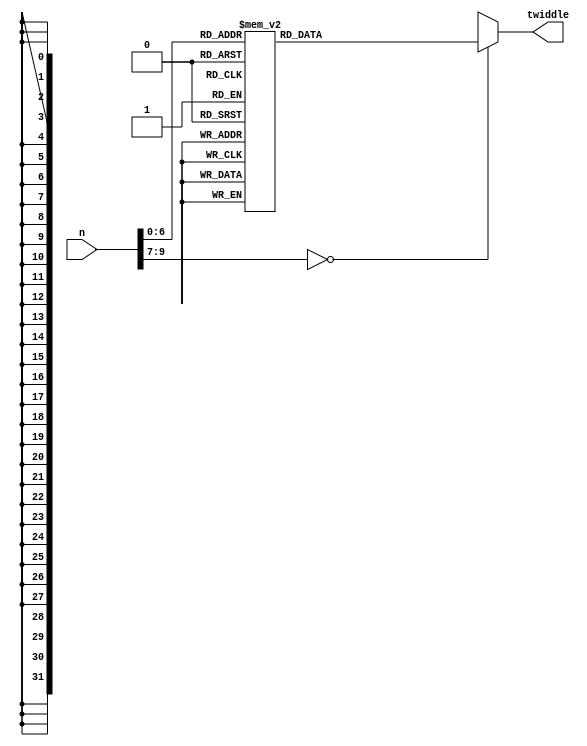
module FFT1024_LUT(n, twiddle);
	input [9:0] n;
		
	output reg [31:0] twiddle;
	
	always @ (n)
	begin
		//$display("LUT address=%d", n);
		case(n)
		8'd0  : twiddle = { 16'd32767   ,  16'd0       }; //i=0  n=256 twiddle= 1               + i 0
		8'd1  : twiddle = { 16'd32757   , -16'd804     }; //i=1  n=256 twiddle= 9.996988e-01    + i -2.454123e-02
		8'd2  : twiddle = { 16'd32728   , -16'd1608    }; //i=2  n=256 twiddle= 9.987955e-01    + i -4.906767e-02
		8'd3  : twiddle = { 16'd32678   , -16'd2410    }; //i=3  n=256 twiddle= 9.972905e-01    + i -7.356456e-02
		8'd4  : twiddle = { 16'd32609   , -16'd3212    }; //i=4  n=256 twiddle= 9.951847e-01    + i -9.801714e-02
		8'd5  : twiddle = { 16'd32521   , -16'd4011    }; //i=5  n=256 twiddle= 9.924795e-01    + i -1.224107e-01
		8'd6  : twiddle = { 16'd32412   , -16'd4808    }; //i=6  n=256 twiddle= 9.891765e-01    + i -1.467305e-01
		8'd7  : twiddle = { 16'd32285   , -16'd5602    }; //i=7  n=256 twiddle= 9.852776e-01    + i -1.709619e-01
		8'd8  : twiddle = { 16'd32137   , -16'd6393    }; //i=8  n=256 twiddle= 9.807853e-01    + i -1.950903e-01
		8'd9  : twiddle = { 16'd31971   , -16'd7179    }; //i=9  n=256 twiddle= 9.757021e-01    + i -2.191012e-01
		8'd10 : twiddle = { 16'd31785   , -16'd7962    }; //i=10 n=256 twiddle= 9.700313e-01    + i -2.429802e-01
		8'd11 : twiddle = { 16'd31580   , -16'd8739    }; //i=11 n=256 twiddle= 9.637761e-01    + i -2.667128e-01
		8'd12 : twiddle = { 16'd31356   , -16'd9512    }; //i=12 n=256 twiddle= 9.569403e-01    + i -2.902847e-01
		8'd13 : twiddle = { 16'd31113   , -16'd10278   }; //i=13 n=256 twiddle= 9.495282e-01    + i -3.136817e-01
		8'd14 : twiddle = { 16'd30852   , -16'd11039   }; //i=14 n=256 twiddle= 9.415441e-01    + i -3.368899e-01
		8'd15 : twiddle = { 16'd30571   , -16'd11793   }; //i=15 n=256 twiddle= 9.329928e-01    + i -3.598950e-01
		8'd16 : twiddle = { 16'd30273   , -16'd12539   }; //i=16 n=256 twiddle= 9.238795e-01    + i -3.826834e-01
		8'd17 : twiddle = { 16'd29956   , -16'd13279   }; //i=17 n=256 twiddle= 9.142098e-01    + i -4.052413e-01
		8'd18 : twiddle = { 16'd29621   , -16'd14010   }; //i=18 n=256 twiddle= 9.039893e-01    + i -4.275551e-01
		8'd19 : twiddle = { 16'd29268   , -16'd14732   }; //i=19 n=256 twiddle= 8.932243e-01    + i -4.496113e-01
		8'd20 : twiddle = { 16'd28898   , -16'd15446   }; //i=20 n=256 twiddle= 8.819213e-01    + i -4.713967e-01
		8'd21 : twiddle = { 16'd28510   , -16'd16151   }; //i=21 n=256 twiddle= 8.700870e-01    + i -4.928982e-01
		8'd22 : twiddle = { 16'd28105   , -16'd16846   }; //i=22 n=256 twiddle= 8.577286e-01    + i -5.141027e-01
		8'd23 : twiddle = { 16'd27683   , -16'd17530   }; //i=23 n=256 twiddle= 8.448536e-01    + i -5.349976e-01
		8'd24 : twiddle = { 16'd27245   , -16'd18204   }; //i=24 n=256 twiddle= 8.314696e-01    + i -5.555702e-01
		8'd25 : twiddle = { 16'd26790   , -16'd18868   }; //i=25 n=256 twiddle= 8.175848e-01    + i -5.758082e-01
		8'd26 : twiddle = { 16'd26319   , -16'd19519   }; //i=26 n=256 twiddle= 8.032075e-01    + i -5.956993e-01
		8'd27 : twiddle = { 16'd25832   , -16'd20159   }; //i=27 n=256 twiddle= 7.883464e-01    + i -6.152316e-01
		8'd28 : twiddle = { 16'd25329   , -16'd20787   }; //i=28 n=256 twiddle= 7.730105e-01    + i -6.343933e-01
		8'd29 : twiddle = { 16'd24811   , -16'd21403   }; //i=29 n=256 twiddle= 7.572088e-01    + i -6.531728e-01
		8'd30 : twiddle = { 16'd24279   , -16'd22005   }; //i=30 n=256 twiddle= 7.409511e-01    + i -6.715590e-01
		8'd31 : twiddle = { 16'd23731   , -16'd22594   }; //i=31 n=256 twiddle= 7.242471e-01    + i -6.895405e-01
		8'd32 : twiddle = { 16'd23170   , -16'd23170   }; //i=32 n=256 twiddle= 7.071068e-01    + i -7.071068e-01
		8'd33 : twiddle = { 16'd22594   , -16'd23731   }; //i=33 n=256 twiddle= 6.895405e-01    + i -7.242471e-01
		8'd34 : twiddle = { 16'd22005   , -16'd24279   }; //i=34 n=256 twiddle= 6.715590e-01    + i -7.409511e-01
		8'd35 : twiddle = { 16'd21403   , -16'd24811   }; //i=35 n=256 twiddle= 6.531728e-01    + i -7.572088e-01
		8'd36 : twiddle = { 16'd20787   , -16'd25329   }; //i=36 n=256 twiddle= 6.343933e-01    + i -7.730105e-01
		8'd37 : twiddle = { 16'd20159   , -16'd25832   }; //i=37 n=256 twiddle= 6.152316e-01    + i -7.883464e-01
		8'd38 : twiddle = { 16'd19519   , -16'd26319   }; //i=38 n=256 twiddle= 5.956993e-01    + i -8.032075e-01
		8'd39 : twiddle = { 16'd18868   , -16'd26790   }; //i=39 n=256 twiddle= 5.758082e-01    + i -8.175848e-01
		8'd40 : twiddle = { 16'd18204   , -16'd27245   }; //i=40 n=256 twiddle= 5.555702e-01    + i -8.314696e-01
		8'd41 : twiddle = { 16'd17530   , -16'd27683   }; //i=41 n=256 twiddle= 5.349976e-01    + i -8.448536e-01
		8'd42 : twiddle = { 16'd16846   , -16'd28105   }; //i=42 n=256 twiddle= 5.141027e-01    + i -8.577286e-01
		8'd43 : twiddle = { 16'd16151   , -16'd28510   }; //i=43 n=256 twiddle= 4.928982e-01    + i -8.700870e-01
		8'd44 : twiddle = { 16'd15446   , -16'd28898   }; //i=44 n=256 twiddle= 4.713967e-01    + i -8.819213e-01
		8'd45 : twiddle = { 16'd14732   , -16'd29268   }; //i=45 n=256 twiddle= 4.496113e-01    + i -8.932243e-01
		8'd46 : twiddle = { 16'd14010   , -16'd29621   }; //i=46 n=256 twiddle= 4.275551e-01    + i -9.039893e-01
		8'd47 : twiddle = { 16'd13279   , -16'd29956   }; //i=47 n=256 twiddle= 4.052413e-01    + i -9.142098e-01
		8'd48 : twiddle = { 16'd12539   , -16'd30273   }; //i=48 n=256 twiddle= 3.826834e-01    + i -9.238795e-01
		8'd49 : twiddle = { 16'd11793   , -16'd30571   }; //i=49 n=256 twiddle= 3.598950e-01    + i -9.329928e-01
		8'd50 : twiddle = { 16'd11039   , -16'd30852   }; //i=50 n=256 twiddle= 3.368899e-01    + i -9.415441e-01
		8'd51 : twiddle = { 16'd10278   , -16'd31113   }; //i=51 n=256 twiddle= 3.136817e-01    + i -9.495282e-01
		8'd52 : twiddle = { 16'd9512    , -16'd31356   }; //i=52 n=256 twiddle= 2.902847e-01    + i -9.569403e-01
		8'd53 : twiddle = { 16'd8739    , -16'd31580   }; //i=53 n=256 twiddle= 2.667128e-01    + i -9.637761e-01
		8'd54 : twiddle = { 16'd7962    , -16'd31785   }; //i=54 n=256 twiddle= 2.429802e-01    + i -9.700313e-01
		8'd55 : twiddle = { 16'd7179    , -16'd31971   }; //i=55 n=256 twiddle= 2.191012e-01    + i -9.757021e-01
		8'd56 : twiddle = { 16'd6393    , -16'd32137   }; //i=56 n=256 twiddle= 1.950903e-01    + i -9.807853e-01
		8'd57 : twiddle = { 16'd5602    , -16'd32285   }; //i=57 n=256 twiddle= 1.709619e-01    + i -9.852776e-01
		8'd58 : twiddle = { 16'd4808    , -16'd32412   }; //i=58 n=256 twiddle= 1.467305e-01    + i -9.891765e-01
		8'd59 : twiddle = { 16'd4011    , -16'd32521   }; //i=59 n=256 twiddle= 1.224107e-01    + i -9.924795e-01
		8'd60 : twiddle = { 16'd3212    , -16'd32609   }; //i=60 n=256 twiddle= 9.801714e-02    + i -9.951847e-01
		8'd61 : twiddle = { 16'd2410    , -16'd32678   }; //i=61 n=256 twiddle= 7.356456e-02    + i -9.972905e-01
		8'd62 : twiddle = { 16'd1608    , -16'd32728   }; //i=62 n=256 twiddle= 4.906767e-02    + i -9.987955e-01
		8'd63 : twiddle = { 16'd804     , -16'd32757   }; //i=63 n=256 twiddle= 2.454123e-02    + i -9.996988e-01
		8'd64 : twiddle = { 16'd0       , -16'd32767   }; //i=64 n=256 twiddle= 6.123234e-17    + i -1
		8'd65 : twiddle = {-16'd804     , -16'd32757   }; //i=65 n=256 twiddle= -2.454123e-02   + i -9.996988e-01
		8'd66 : twiddle = {-16'd1608    , -16'd32728   }; //i=66 n=256 twiddle= -4.906767e-02   + i -9.987955e-01
		8'd67 : twiddle = {-16'd2410    , -16'd32678   }; //i=67 n=256 twiddle= -7.356456e-02   + i -9.972905e-01
		8'd68 : twiddle = {-16'd3212    , -16'd32609   }; //i=68 n=256 twiddle= -9.801714e-02   + i -9.951847e-01
		8'd69 : twiddle = {-16'd4011    , -16'd32521   }; //i=69 n=256 twiddle= -1.224107e-01   + i -9.924795e-01
		8'd70 : twiddle = {-16'd4808    , -16'd32412   }; //i=70 n=256 twiddle= -1.467305e-01   + i -9.891765e-01
		8'd71 : twiddle = {-16'd5602    , -16'd32285   }; //i=71 n=256 twiddle= -1.709619e-01   + i -9.852776e-01
		8'd72 : twiddle = {-16'd6393    , -16'd32137   }; //i=72 n=256 twiddle= -1.950903e-01   + i -9.807853e-01
		8'd73 : twiddle = {-16'd7179    , -16'd31971   }; //i=73 n=256 twiddle= -2.191012e-01   + i -9.757021e-01
		8'd74 : twiddle = {-16'd7962    , -16'd31785   }; //i=74 n=256 twiddle= -2.429802e-01   + i -9.700313e-01
		8'd75 : twiddle = {-16'd8739    , -16'd31580   }; //i=75 n=256 twiddle= -2.667128e-01   + i -9.637761e-01
		8'd76 : twiddle = {-16'd9512    , -16'd31356   }; //i=76 n=256 twiddle= -2.902847e-01   + i -9.569403e-01
		8'd77 : twiddle = {-16'd10278   , -16'd31113   }; //i=77 n=256 twiddle= -3.136817e-01   + i -9.495282e-01
		8'd78 : twiddle = {-16'd11039   , -16'd30852   }; //i=78 n=256 twiddle= -3.368899e-01   + i -9.415441e-01
		8'd79 : twiddle = {-16'd11793   , -16'd30571   }; //i=79 n=256 twiddle= -3.598950e-01   + i -9.329928e-01
		8'd80 : twiddle = {-16'd12539   , -16'd30273   }; //i=80 n=256 twiddle= -3.826834e-01   + i -9.238795e-01
		8'd81 : twiddle = {-16'd13279   , -16'd29956   }; //i=81 n=256 twiddle= -4.052413e-01   + i -9.142098e-01
		8'd82 : twiddle = {-16'd14010   , -16'd29621   }; //i=82 n=256 twiddle= -4.275551e-01   + i -9.039893e-01
		8'd83 : twiddle = {-16'd14732   , -16'd29268   }; //i=83 n=256 twiddle= -4.496113e-01   + i -8.932243e-01
		8'd84 : twiddle = {-16'd15446   , -16'd28898   }; //i=84 n=256 twiddle= -4.713967e-01   + i -8.819213e-01
		8'd85 : twiddle = {-16'd16151   , -16'd28510   }; //i=85 n=256 twiddle= -4.928982e-01   + i -8.700870e-01
		8'd86 : twiddle = {-16'd16846   , -16'd28105   }; //i=86 n=256 twiddle= -5.141027e-01   + i -8.577286e-01
		8'd87 : twiddle = {-16'd17530   , -16'd27683   }; //i=87 n=256 twiddle= -5.349976e-01   + i -8.448536e-01
		8'd88 : twiddle = {-16'd18204   , -16'd27245   }; //i=88 n=256 twiddle= -5.555702e-01   + i -8.314696e-01
		8'd89 : twiddle = {-16'd18868   , -16'd26790   }; //i=89 n=256 twiddle= -5.758082e-01   + i -8.175848e-01
		8'd90 : twiddle = {-16'd19519   , -16'd26319   }; //i=90 n=256 twiddle= -5.956993e-01   + i -8.032075e-01
		8'd91 : twiddle = {-16'd20159   , -16'd25832   }; //i=91 n=256 twiddle= -6.152316e-01   + i -7.883464e-01
		8'd92 : twiddle = {-16'd20787   , -16'd25329   }; //i=92 n=256 twiddle= -6.343933e-01   + i -7.730105e-01
		8'd93 : twiddle = {-16'd21403   , -16'd24811   }; //i=93 n=256 twiddle= -6.531728e-01   + i -7.572088e-01
		8'd94 : twiddle = {-16'd22005   , -16'd24279   }; //i=94 n=256 twiddle= -6.715590e-01   + i -7.409511e-01
		8'd95 : twiddle = {-16'd22594   , -16'd23731   }; //i=95 n=256 twiddle= -6.895405e-01   + i -7.242471e-01
		8'd96 : twiddle = {-16'd23170   , -16'd23170   }; //i=96 n=256 twiddle= -7.071068e-01   + i -7.071068e-01
		8'd97 : twiddle = {-16'd23731   , -16'd22594   }; //i=97 n=256 twiddle= -7.242471e-01   + i -6.895405e-01
		8'd98 : twiddle = {-16'd24279   , -16'd22005   }; //i=98 n=256 twiddle= -7.409511e-01   + i -6.715590e-01
		8'd99 : twiddle = {-16'd24811   , -16'd21403   }; //i=99 n=256 twiddle= -7.572088e-01   + i -6.531728e-01
		8'd100: twiddle = {-16'd25329   , -16'd20787   }; //i=100 n=256 twiddle= -7.730105e-01   + i -6.343933e-01
		8'd101: twiddle = {-16'd25832   , -16'd20159   }; //i=101 n=256 twiddle= -7.883464e-01   + i -6.152316e-01
		8'd102: twiddle = {-16'd26319   , -16'd19519   }; //i=102 n=256 twiddle= -8.032075e-01   + i -5.956993e-01
		8'd103: twiddle = {-16'd26790   , -16'd18868   }; //i=103 n=256 twiddle= -8.175848e-01   + i -5.758082e-01
		8'd104: twiddle = {-16'd27245   , -16'd18204   }; //i=104 n=256 twiddle= -8.314696e-01   + i -5.555702e-01
		8'd105: twiddle = {-16'd27683   , -16'd17530   }; //i=105 n=256 twiddle= -8.448536e-01   + i -5.349976e-01
		8'd106: twiddle = {-16'd28105   , -16'd16846   }; //i=106 n=256 twiddle= -8.577286e-01   + i -5.141027e-01
		8'd107: twiddle = {-16'd28510   , -16'd16151   }; //i=107 n=256 twiddle= -8.700870e-01   + i -4.928982e-01
		8'd108: twiddle = {-16'd28898   , -16'd15446   }; //i=108 n=256 twiddle= -8.819213e-01   + i -4.713967e-01
		8'd109: twiddle = {-16'd29268   , -16'd14732   }; //i=109 n=256 twiddle= -8.932243e-01   + i -4.496113e-01
		8'd110: twiddle = {-16'd29621   , -16'd14010   }; //i=110 n=256 twiddle= -9.039893e-01   + i -4.275551e-01
		8'd111: twiddle = {-16'd29956   , -16'd13279   }; //i=111 n=256 twiddle= -9.142098e-01   + i -4.052413e-01
		8'd112: twiddle = {-16'd30273   , -16'd12539   }; //i=112 n=256 twiddle= -9.238795e-01   + i -3.826834e-01
		8'd113: twiddle = {-16'd30571   , -16'd11793   }; //i=113 n=256 twiddle= -9.329928e-01   + i -3.598950e-01
		8'd114: twiddle = {-16'd30852   , -16'd11039   }; //i=114 n=256 twiddle= -9.415441e-01   + i -3.368899e-01
		8'd115: twiddle = {-16'd31113   , -16'd10278   }; //i=115 n=256 twiddle= -9.495282e-01   + i -3.136817e-01
		8'd116: twiddle = {-16'd31356   , -16'd9512    }; //i=116 n=256 twiddle= -9.569403e-01   + i -2.902847e-01
		8'd117: twiddle = {-16'd31580   , -16'd8739    }; //i=117 n=256 twiddle= -9.637761e-01   + i -2.667128e-01
		8'd118: twiddle = {-16'd31785   , -16'd7962    }; //i=118 n=256 twiddle= -9.700313e-01   + i -2.429802e-01
		8'd119: twiddle = {-16'd31971   , -16'd7179    }; //i=119 n=256 twiddle= -9.757021e-01   + i -2.191012e-01
		8'd120: twiddle = {-16'd32137   , -16'd6393    }; //i=120 n=256 twiddle= -9.807853e-01   + i -1.950903e-01
		8'd121: twiddle = {-16'd32285   , -16'd5602    }; //i=121 n=256 twiddle= -9.852776e-01   + i -1.709619e-01
		8'd122: twiddle = {-16'd32412   , -16'd4808    }; //i=122 n=256 twiddle= -9.891765e-01   + i -1.467305e-01
		8'd123: twiddle = {-16'd32521   , -16'd4011    }; //i=123 n=256 twiddle= -9.924795e-01   + i -1.224107e-01
		8'd124: twiddle = {-16'd32609   , -16'd3212    }; //i=124 n=256 twiddle= -9.951847e-01   + i -9.801714e-02
		8'd125: twiddle = {-16'd32678   , -16'd2410    }; //i=125 n=256 twiddle= -9.972905e-01   + i -7.356456e-02
		8'd126: twiddle = {-16'd32728   , -16'd1608    }; //i=126 n=256 twiddle= -9.987955e-01   + i -4.906767e-02
		8'd127: twiddle = {-16'd32757   , -16'd804     }; //i=127 n=256 twiddle= -9.996988e-01   + i -2.454123e-02
		default: twiddle = 'bX;
		endcase
	end

endmodule